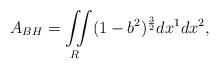
LaTeX: \begin{align*} A_{BH}=\iint\limits_{R}(1-b^2)^{\frac{3}{2}}dx^1dx^2, \end{align*}